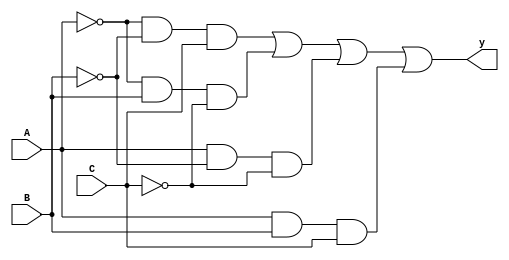
module problem01b_18101640(y, A, B, C);
	input A, B, C ;
	output y;
	wire a,b,c,d; 
	
	assign a = (~A)&(~B)&C;
	assign b = (~A)&B&(~C);
	assign c = A&(~B)&(~C);
	assign d = A&B&C;
	assign y = a|b|c|d;
	  
endmodule